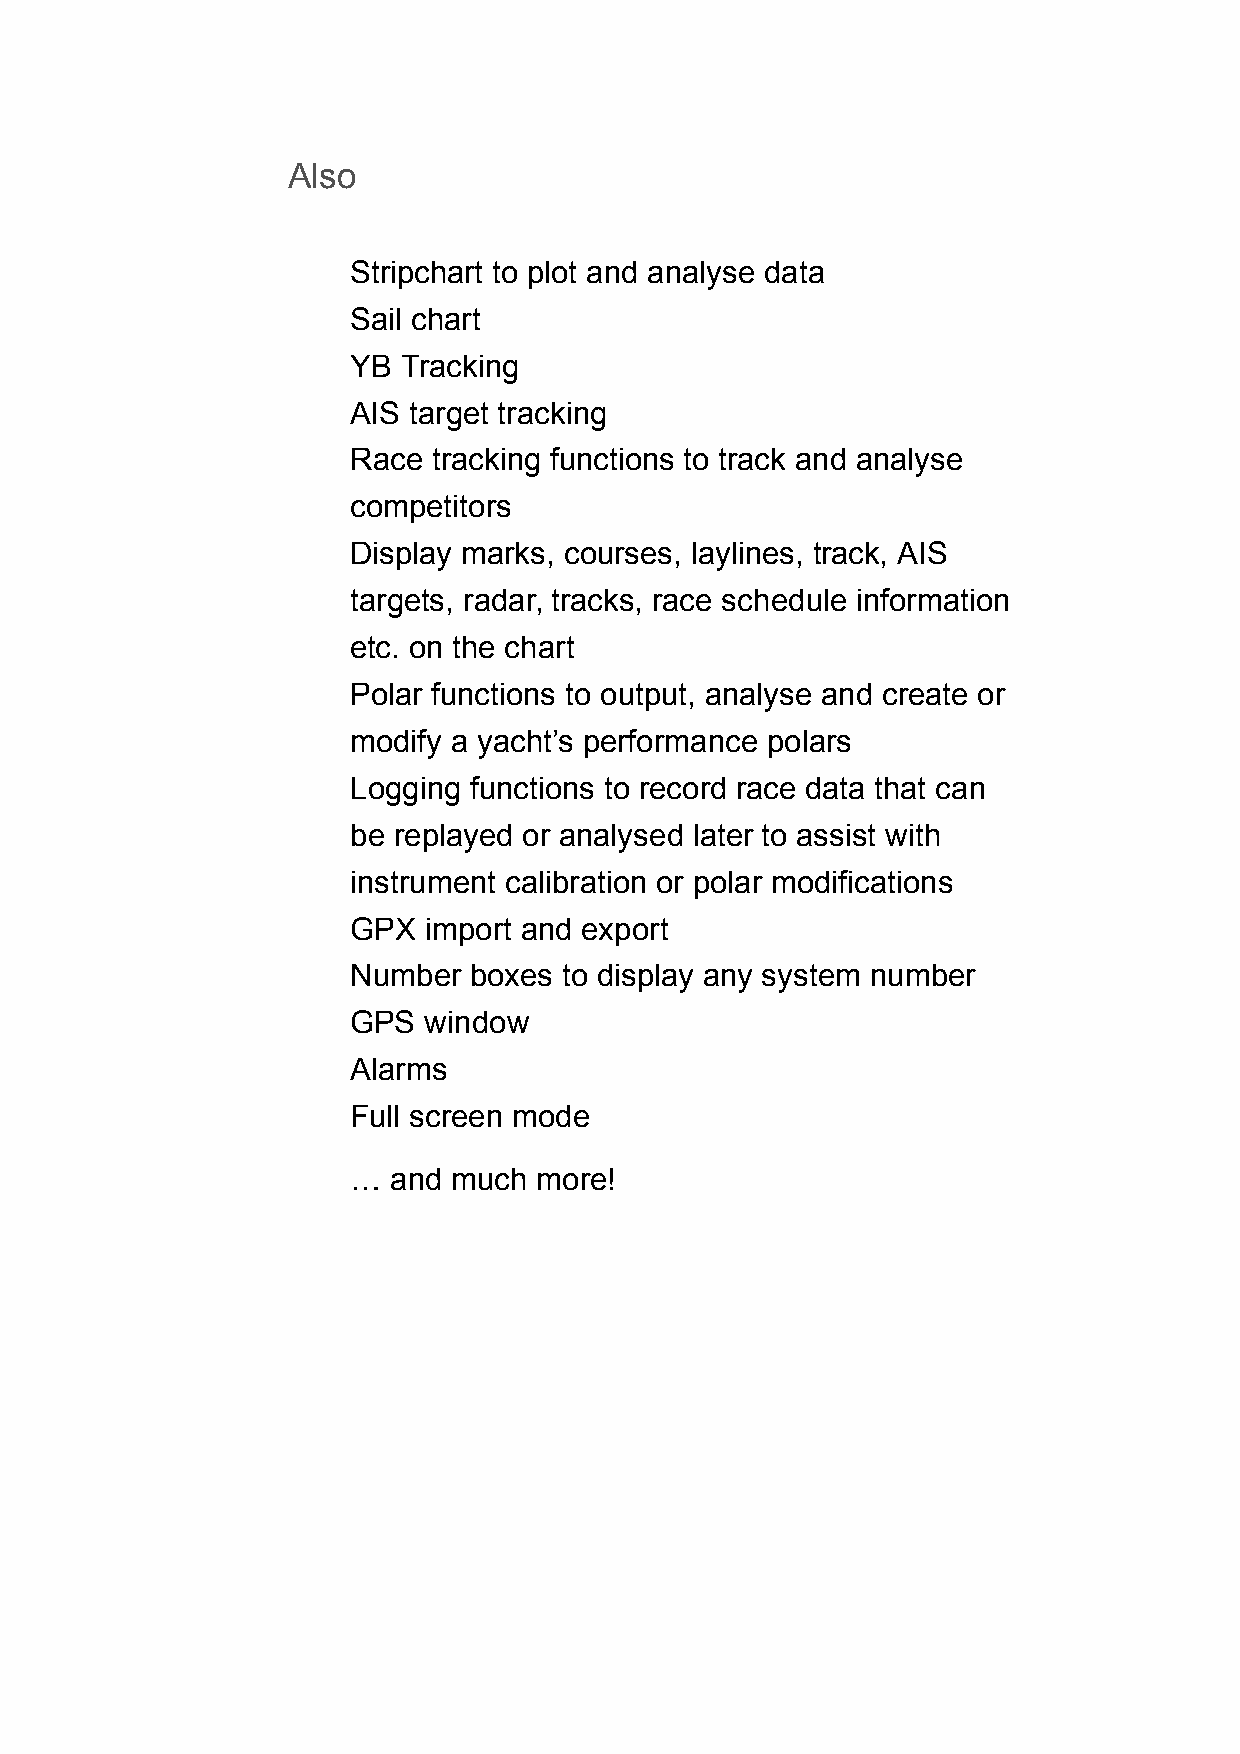
Also
 Stripchart to plot and analyse data
 Sail chart
 YB  Tracking
 AIS target tracking
 Race  tracking functions to track and analyse
 competitors
 Display marks, courses, laylines, track, AIS
 targets, radar, tracks, race schedule information
 etc. on the chart
 Polar functions to output, analyse and create or
 modify a yacht’s performance polars
 Logging functions to record race data that can
 be replayed or analysed later to assist with
 instrument calibration or polar modifications
 GPX  import and export
 Number  boxes to display any system number
 GPS  window
 Alarms
 Full screen mode
 …  and much more!